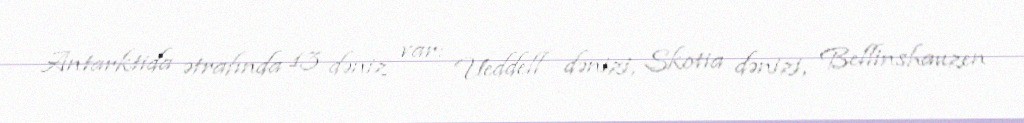
Antarktida ətrafında 13 dəniz var: Ueddell dənizi, Skotia dənizi, Bellinshauzen